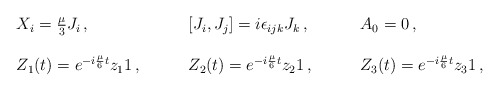
\begin{align*}\begin{array}{lll}X_{i}=\textstyle{\frac{\mu}{3}}J_{i}\,,~~~&~~~[J_{i},J_{j}]=i\epsilon_{ijk}J_{k}\,,~~~&~~~A_{0}=0\,,\\{}&{}&{}\\Z_{1}(t)=e^{-i\frac{\mu}{6}t}z_{1}{ 1}\,,~~~&~~~Z_{2}(t)=e^{-i\frac{\mu}{6}t}z_{2}{ 1}\,,~~~&~~~Z_{3}(t)=e^{-i\frac{\mu}{6}t}z_{3}{ 1}\,,\end{array}\end{align*}